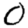
Digit: 0